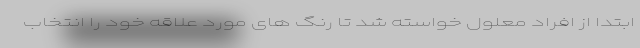
ابتدا از افراد معلول خواسته شد تا رنگ های مورد علاقه خود را انتخاب